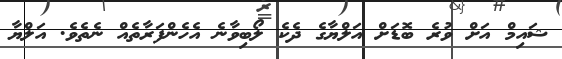
ޝައިމް އަށް ވުރެ ބޮޑަށް އަލްޔާގެ ދެކެ ލޯބިވާނެ އެހެންފަރާތެއް ނެތެވެ. އަލްޔާ